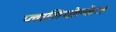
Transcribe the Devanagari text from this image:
प्लाजियोक्लेज